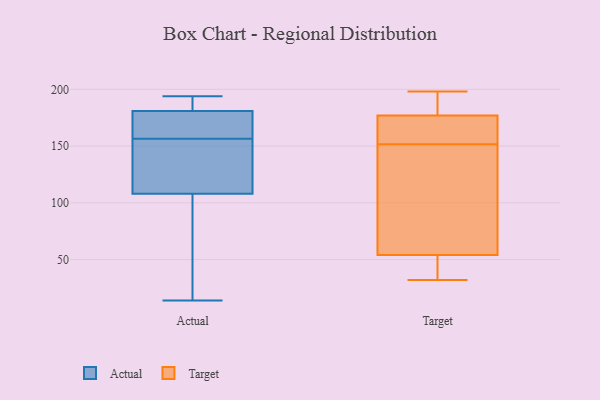
{"axis": {"x": "Shipments", "y": "Value"}, "legend": ["Actual", "Target"], "data": [{"x": "", "y": 160, "type": "Actual"}, {"x": "", "y": 191, "type": "Actual"}, {"x": "", "y": 173, "type": "Actual"}, {"x": "", "y": 14, "type": "Actual"}, {"x": "", "y": 181, "type": "Actual"}, {"x": "", "y": 77, "type": "Actual"}, {"x": "", "y": 194, "type": "Actual"}, {"x": "", "y": 153, "type": "Actual"}, {"x": "", "y": 118, "type": "Actual"}, {"x": "", "y": 108, "type": "Actual"}, {"x": "", "y": 177, "type": "Target"}, {"x": "", "y": 184, "type": "Target"}, {"x": "", "y": 179, "type": "Target"}, {"x": "", "y": 50, "type": "Target"}, {"x": "", "y": 198, "type": "Target"}, {"x": "", "y": 122, "type": "Target"}, {"x": "", "y": 54, "type": "Target"}, {"x": "", "y": 46, "type": "Target"}, {"x": "", "y": 187, "type": "Target"}, {"x": "", "y": 156, "type": "Target"}, {"x": "", "y": 147, "type": "Target"}, {"x": "", "y": 172, "type": "Target"}, {"x": "", "y": 32, "type": "Target"}, {"x": "", "y": 172, "type": "Target"}, {"x": "", "y": 52, "type": "Target"}, {"x": "", "y": 173, "type": "Target"}, {"x": "", "y": 133, "type": "Target"}, {"x": "", "y": 57, "type": "Target"}]}